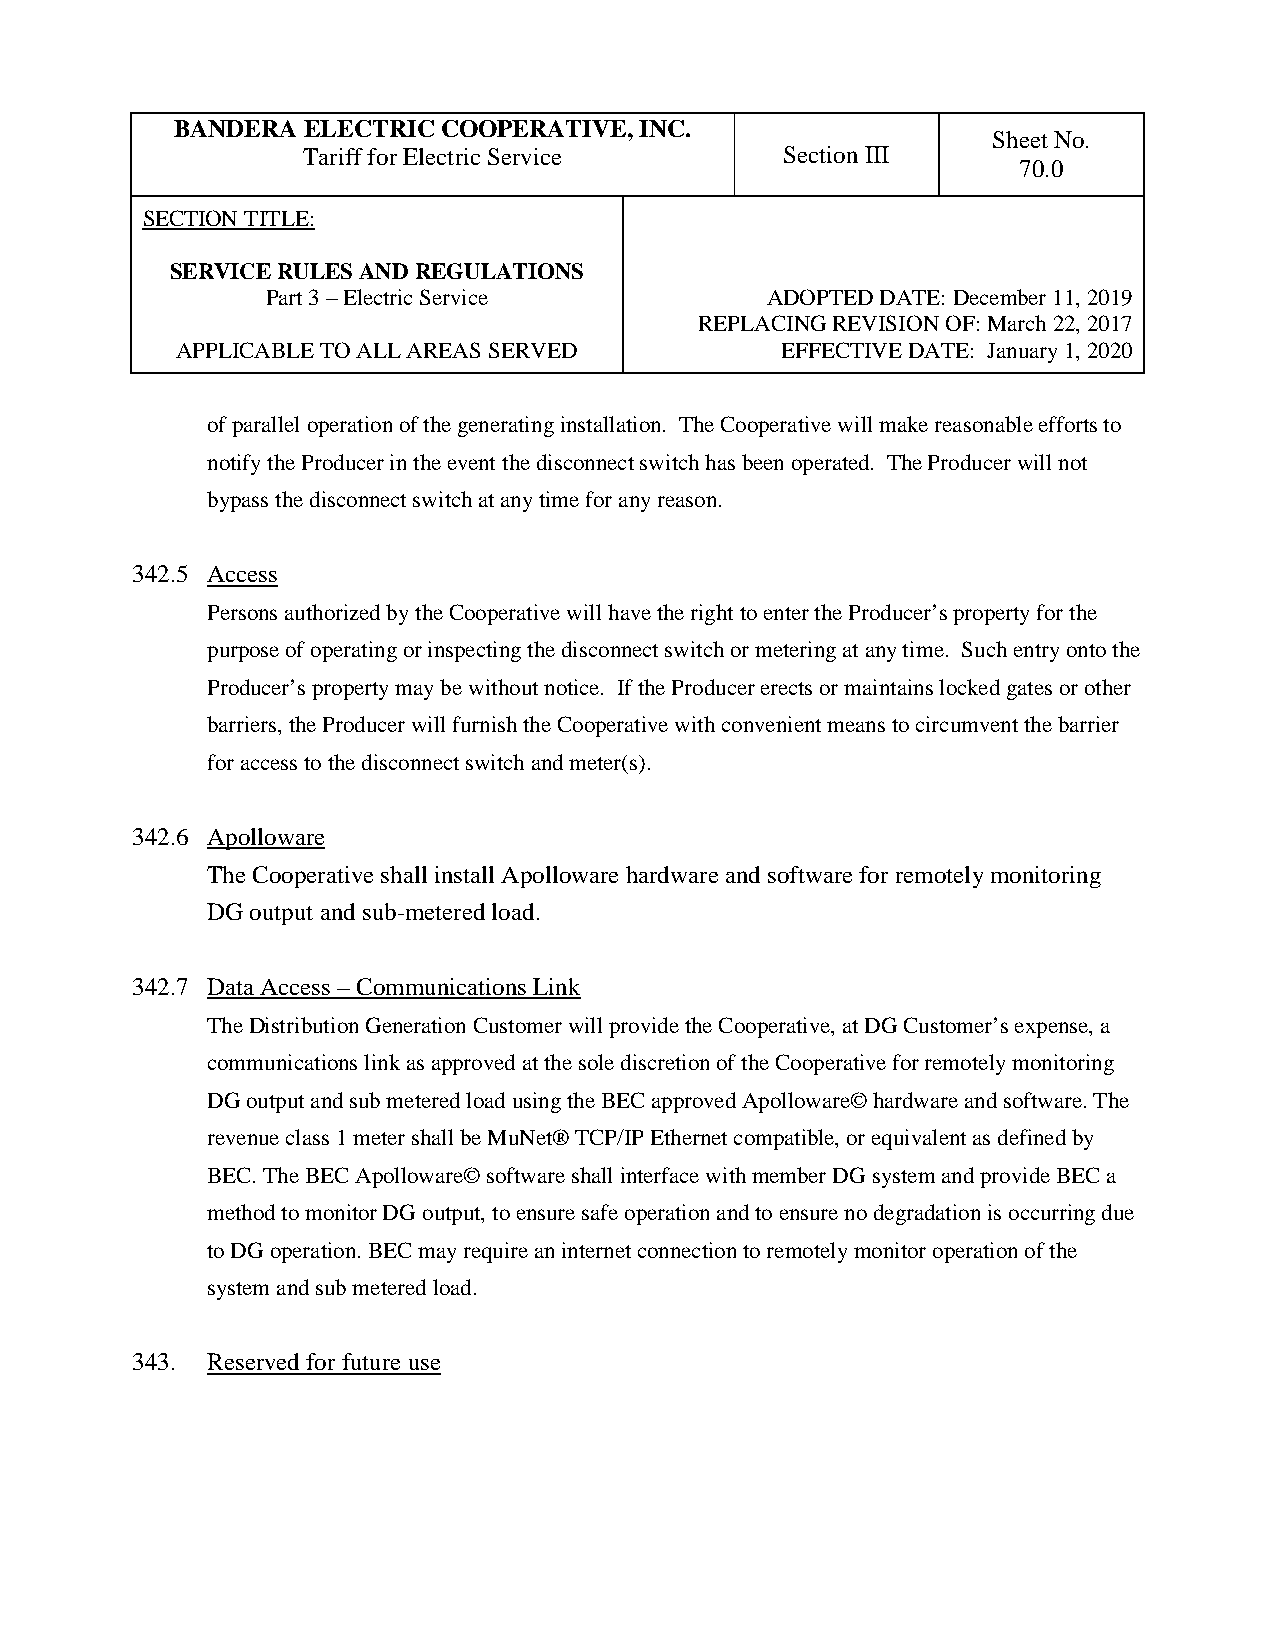
BANDERA ELECTRIC COOPERATIVE, INC.
 Sheet No.
 Tariff for Electric Service     Section III
 70.0
 SECTION TITLE:
 SERVICE RULES AND REGULATIONS
 Part 3 – Electric Service        ADOPTED DATE: December 11, 2019
 REPLACING REVISION OF: March 22, 2017
 APPLICABLE TO ALL AREAS SERVED          EFFECTIVE DATE: January 1, 2020
 of parallel operation of the generating installation. The Cooperative will make reasonable efforts to
 notify the Producer in the event the disconnect switch has been operated. The Producer will not
 bypass the disconnect switch at any time for any reason.
 342.5 Access
 Persons authorized by the Cooperative will have the right to enter the Producer’s property for the
 purpose of operating or inspecting the disconnect switch or metering at any time. Such entry onto the
 Producer’s property may be without notice. If the Producer erects or maintains locked gates or other
 barriers, the Producer will furnish the Cooperative with convenient means to circumvent the barrier
 for access to the disconnect switch and meter(s).
 342.6 Apolloware
 The Cooperative shall install Apolloware hardware and software for remotely monitoring
 DG output and sub-metered load.
 342.7 Data Access – Communications Link
 The Distribution Generation Customer will provide the Cooperative, at DG Customer’s expense, a
 communications link as approved at the sole discretion of the Cooperative for remotely monitoring
 DG output and sub metered load using the BEC approved Apolloware© hardware and software. The
 revenue class 1 meter shall be MuNet® TCP/IP Ethernet compatible, or equivalent as defined by
 BEC. The BEC Apolloware© software shall interface with member DG system and provide BEC a
 method to monitor DG output, to ensure safe operation and to ensure no degradation is occurring due
 to DG operation. BEC may require an internet connection to remotely monitor operation of the
 system and sub metered load.
 343. Reserved for future use